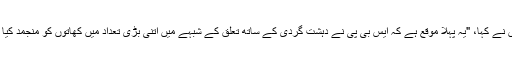
انہوں نے کہا، "یہ پہلا موقع ہے کہ ایس بی پی نے دہشت گردی کے ساتھ تعلق کے شبہے میں اتنی بڑی تعداد میں کھاتوں کو منجمد کیا ہے۔